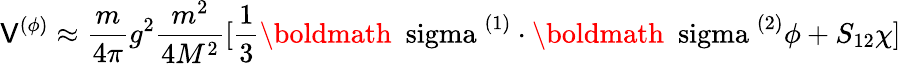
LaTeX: \mathsf{V}^{(\phi)}\approx\frac{{m}}{{4\pi}}g^{2}\frac{{m^{2}}}{{4M^{2}}}[\frac{{1}}{{3}}\mathrm{{\boldmath~\ sigma~}}^{(1)}\cdot\mathrm{{\boldmath~\ sigma~}}^{(2)}\phi+S_{12}\chi]